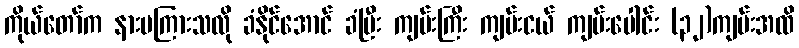
ကိုယ်တော်က နားမကြားသလို ခံနိုင်အောင် ခံပြီး ကျမ်းကြီး ကျမ်းငယ် ကျမ်းပေါင်း (၃၂)ကျမ်းအထိ